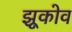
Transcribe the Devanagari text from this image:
झूकोव